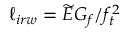
\ell _ { i r w } = \widetilde { E } G _ { f } / f _ { t } ^ { 2 }